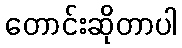
တောင်းဆိုတာပါ